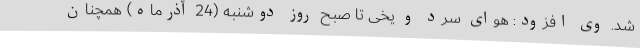
شد. وی افزود: هوای سرد و یخی تا صبح روز دوشنبه (24 آذرماه) همچنان